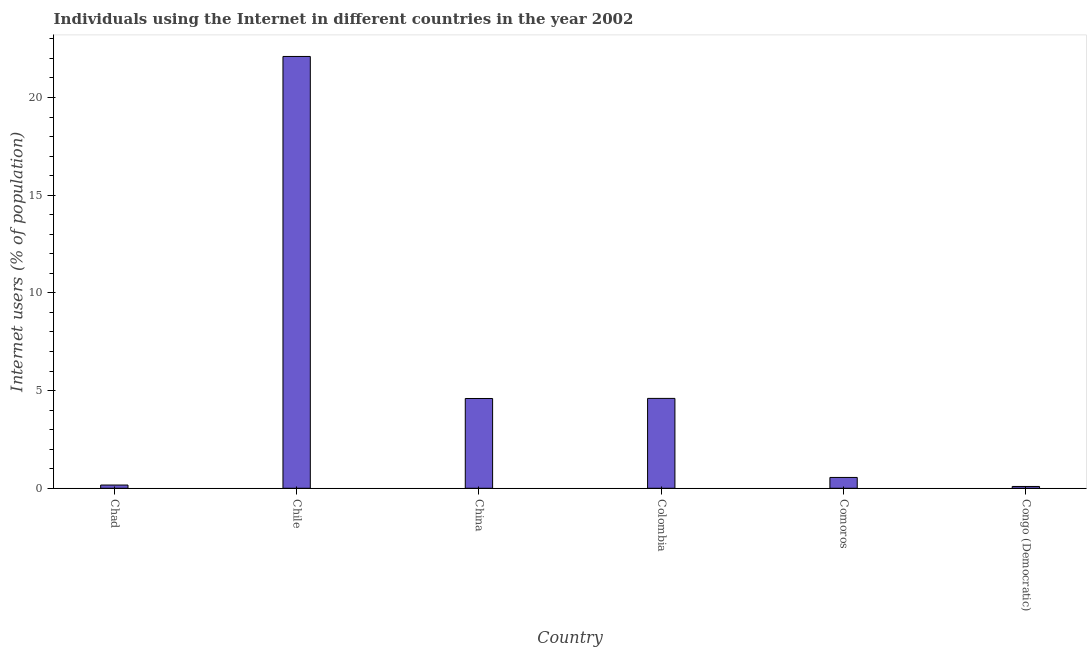
| Country | Internet users |
 | --- | --- |
 | Chad | 0.166 |
 | Chile | 22.1 |
 | China | 4.6 |
 | Colombia | 4.6 |
 | Comoros | 0.555 |
 | Congo (Democratic) | 0.0928 |